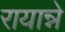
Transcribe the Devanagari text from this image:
रायान्ने